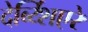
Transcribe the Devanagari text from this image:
देर्ब्य्शिएरे